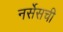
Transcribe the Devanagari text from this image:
नर्सेसची